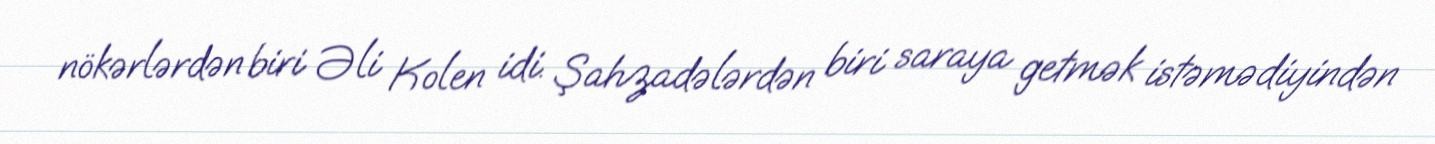
nökərlərdən biri Əli Kolen idi. Şahzadələrdən biri saraya getmək istəmədiyindən